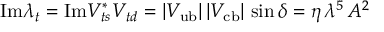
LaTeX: \mathrm { I m } \lambda _ { t } = \mathrm { I m } V _ { t s } ^ { * } V _ { t d } = | V _ { \mathrm { u b } } | \, | V _ { \mathrm { c b } } | \, \sin \delta = \eta \, \lambda ^ { 5 } \, A ^ { 2 }